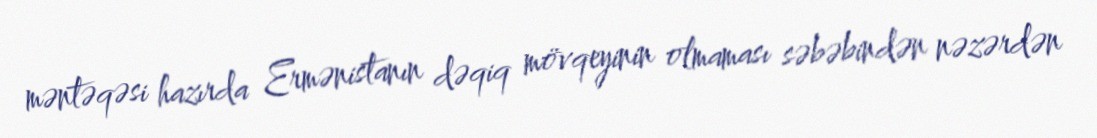
məntəqəsi hazırda Ermənistanın dəqiq mövqeyinin olmaması səbəbindən nəzərdən